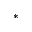
^ *